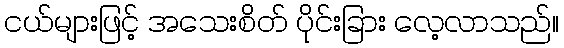
ငယ်များဖြင့် အသေးစိတ် ပိုင်းခြား လေ့လာသည်။